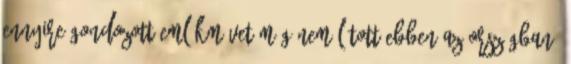
ennyire gondozott emlékművet még nem látott ebben az országban”